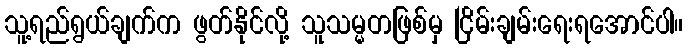
သူ့ရည်ရွယ်ချက်က ဖွတ်နိုင်လို့ သူသမ္မတဖြစ်မှ ငြိမ်းချမ်းရေးရအောင်ပါ။